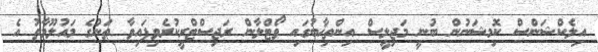
އިލެކްޝަންސް ކޮމިޝަނުން ބުނީ މަޖިލީސް އިންތިޚާބުގައި ވޯޓްލާން ރަޖިސްޓްރީކުރެވިފައިވާ ތަނުގެ މައުލޫމާތު އެ